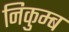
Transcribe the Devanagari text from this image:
निकुम्ब